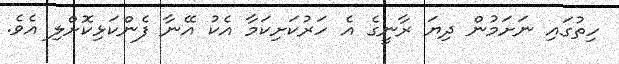
ހިތުގައި ނަށަމުން ދިޔަ ރާނީގެ އެ ހަރުކަށިކަމާ އެކު އޭނާ ފެންކަޅިކޮށްލި އެވެ.